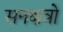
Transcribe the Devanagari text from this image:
सनक्षत्रो